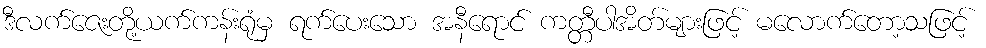
ဒီလက်ဇေးတို့ယက်ကန်းရုံမှ ရက်ပေးသော အနီရောင် ကတ္တီပါအိတ်များဖြင့် မလောက်တော့သဖြင့်